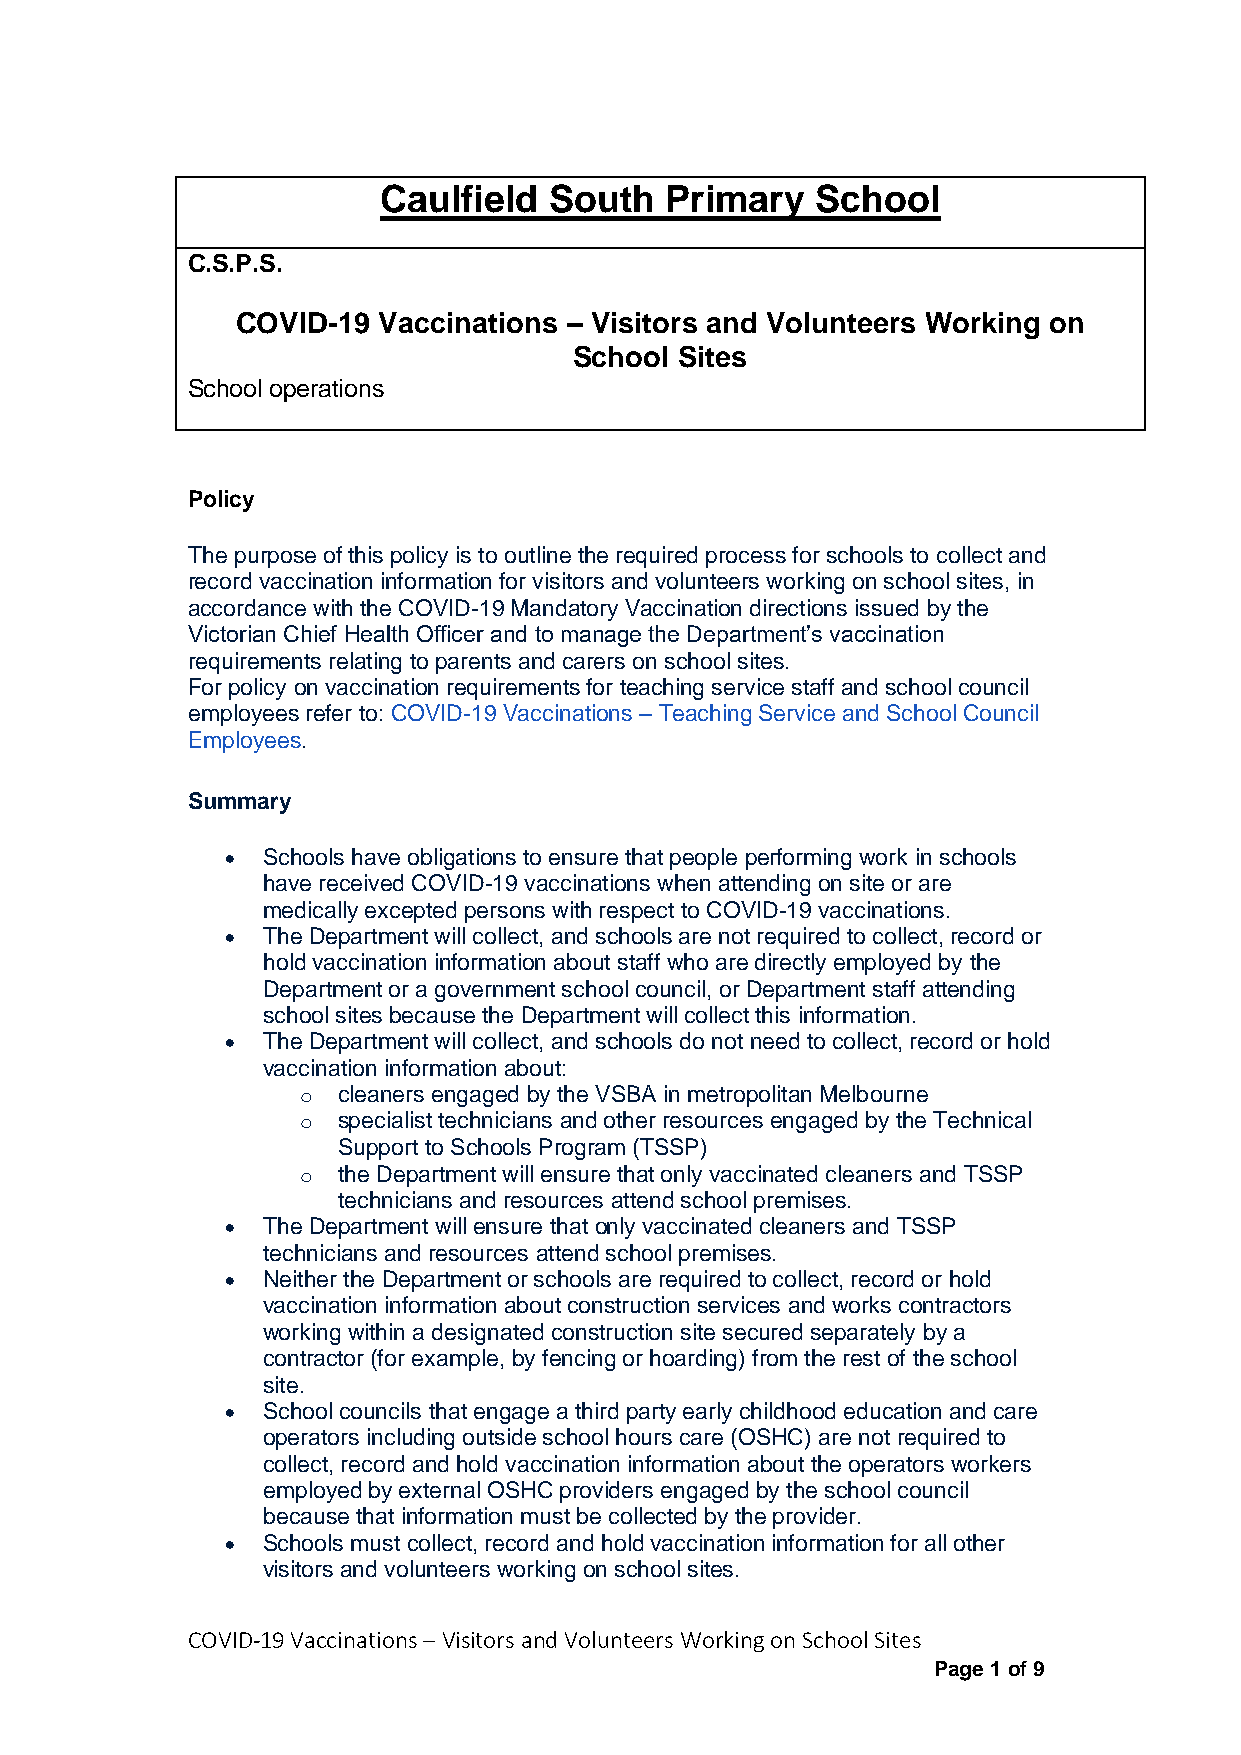
Caulfield  South   Primary   School
 C.S.P.S.
 COVID-19 Vaccinations – Visitors and Volunteers Working on
 School Sites
 School operations
 Ministerial Order 90
 Policy
 The purpose of this policy is to outline the required process for schools to collect and
 record vaccination information for visitors and volunteers working on school sites, in
 accordance with the COVID-19 Mandatory Vaccination directions issued by the
 Victorian Chief Health Officer and to manage the Department’s vaccination
 requirements relating to parents and carers on school sites.
 For policy on vaccination requirements for teaching service staff and school council
 employees refer to: COVID-19 Vaccinations – Teaching Service and School Council
 Employees.
 Summary
  Schools have obligations to ensure that people performing work in schools
 have received COVID-19 vaccinations when attending on site or are
 medically excepted persons with respect to COVID-19 vaccinations.
  The Department will collect, and schools are not required to collect, record or
 hold vaccination information about staff who are directly employed by the
 Department or a government school council, or Department staff attending
 school sites because the Department will collect this information.
  The Department will collect, and schools do not need to collect, record or hold
 vaccination information about:
 o cleaners engaged by the VSBA in metropolitan Melbourne
 o specialist technicians and other resources engaged by the Technical
 Support to Schools Program (TSSP)
 o the Department will ensure that only vaccinated cleaners and TSSP
 technicians and resources attend school premises.
  The Department will ensure that only vaccinated cleaners and TSSP
 technicians and resources attend school premises.
  Neither the Department or schools are required to collect, record or hold
 vaccination information about construction services and works contractors
 working within a designated construction site secured separately by a
 contractor (for example, by fencing or hoarding) from the rest of the school
 site.
  School councils that engage a third party early childhood education and care
 operators including outside school hours care (OSHC) are not required to
 collect, record and hold vaccination information about the operators workers
 employed by external OSHC providers engaged by the school council
 because that information must be collected by the provider.
  Schools must collect, record and hold vaccination information for all other
 visitors and volunteers working on school sites.
 COVID-19 Vaccinations – Visitors and Volunteers Working on School Sites
 Page 1 of 9